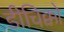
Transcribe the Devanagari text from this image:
डीचिक्को